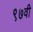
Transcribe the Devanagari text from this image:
९७वी